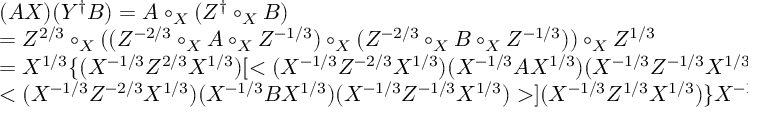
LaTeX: \begin{array} { l } { { ( A X ) ( Y ^ { \dagger } B ) = A \circ _ { X } ( Z ^ { \dagger } \circ _ { X } B ) } } \\ { { = Z ^ { 2 / 3 } \circ _ { X } ( ( Z ^ { - 2 / 3 } \circ _ { X } A \circ _ { X } Z ^ { - 1 / 3 } ) \circ _ { X } ( Z ^ { - 2 / 3 } \circ _ { X } B \circ _ { X } Z ^ { - 1 / 3 } ) ) \circ _ { X } Z ^ { 1 / 3 } } } \\ { { = X ^ { 1 / 3 } \{ ( X ^ { - 1 / 3 } Z ^ { 2 / 3 } X ^ { 1 / 3 } ) [ < ( X ^ { - 1 / 3 } Z ^ { - 2 / 3 } X ^ { 1 / 3 } ) ( X ^ { - 1 / 3 } A X ^ { 1 / 3 } ) ( X ^ { - 1 / 3 } Z ^ { - 1 / 3 } X ^ { 1 / 3 } ) > \bullet } } \\ { { < ( X ^ { - 1 / 3 } Z ^ { - 2 / 3 } X ^ { 1 / 3 } ) ( X ^ { - 1 / 3 } B X ^ { 1 / 3 } ) ( X ^ { - 1 / 3 } Z ^ { - 1 / 3 } X ^ { 1 / 3 } ) > ] ( X ^ { - 1 / 3 } Z ^ { 1 / 3 } X ^ { 1 / 3 } ) \} X ^ { - 1 / 3 } , } } \end{array}